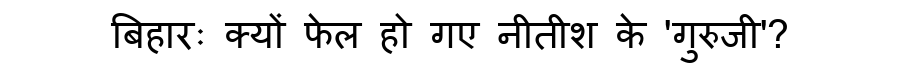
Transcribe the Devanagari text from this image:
बिहारः क्यों फेल हो गए नीतीश के 'गुरुजी'?